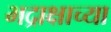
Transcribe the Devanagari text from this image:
भद्राक्षाच्या